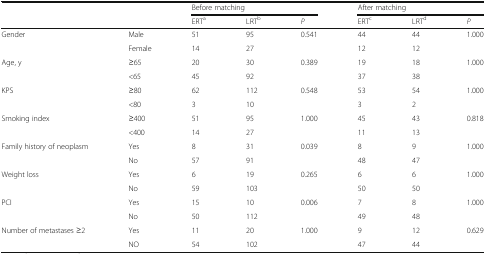
| <ROWSPAN=2-COLSPAN=2>  | <COLSPAN=3> Before matching | <COLSPAN=3> After matching |
 | ERTa | LRTb | P | ERTc | LRTd | P |
 | --- | --- | --- | --- | --- | --- | --- | --- |
 | <ROWSPAN=2> Gender | Male | 51 | 95 | 0.541 | 44 | 44 | <ROWSPAN=2> 1.000 |
 | Female | 14 | 27 |  | 12 | 12 |
 | <ROWSPAN=2> Age, y | ≥65 | 20 | 30 | 0.389 | 19 | 18 | <ROWSPAN=2> 1.000 |
 | <65 | 45 | 92 |  | 37 | 38 |
 | <ROWSPAN=2> KPS | ≥80 | 62 | 112 | 0.548 | 53 | 54 | <ROWSPAN=2> 1.000 |
 | <80 | 3 | 10 |  | 3 | 2 |
 | <ROWSPAN=2> Smoking index | ≥400 | 51 | 95 | 1.000 | 45 | 43 | <ROWSPAN=2> 0.818 |
 | <400 | 14 | 27 |  | 11 | 13 |
 | <ROWSPAN=2> Family history of neoplasm | Yes | 8 | 31 | 0.039 | 8 | 9 | <ROWSPAN=2> 1.000 |
 | No | 57 | 91 |  | 48 | 47 |
 | <ROWSPAN=2> Weight loss | Yes | 6 | 19 | 0.265 | 6 | 6 | <ROWSPAN=2> 1.000 |
 | No | 59 | 103 |  | 50 | 50 |
 | <ROWSPAN=2> PCI | Yes | 15 | 10 | 0.006 | 7 | 8 | <ROWSPAN=2> 1.000 |
 | No | 50 | 112 |  | 49 | 48 |
 | <ROWSPAN=2> Number of metastases ≥2 | Yes | 11 | 20 | 1.000 | 9 | 12 | <ROWSPAN=2> 0.629 |
 | NO | 54 | 102 |  | 47 | 44 |